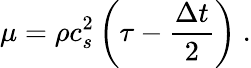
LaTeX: \mu=\rho c_{s}^{2}\left(\tau-\frac{\Delta t}{2}\right)\ .